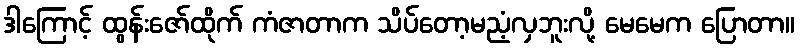
ဒါကြောင့် ထွန်းဇော်ထိုက် ကံဇာတာက သိပ်တော့မညံ့လှဘူးလို့ မေမေက ပြောတာ။